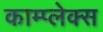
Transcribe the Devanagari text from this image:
काम्‍प्‍लेक्स